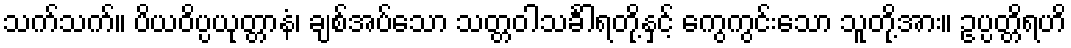
သက်သက်။ ပိယဝိပ္ပယုတ္တာနံ၊ ချစ်အပ်သော သတ္တဝါသင်္ခါရတို့နှင့် ကွေကွင်းသော သူတို့အား။ ဥပ္ပတ္တိရဟိ